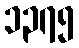
၁၃၇၅